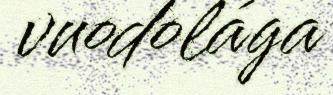
vuodolága